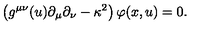
\left( g ^ { \mu \nu } ( u ) \partial _ { \mu } \partial _ { \nu } - \kappa ^ { 2 } \right) \varphi ( x , u ) = 0 .